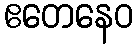
ဧတေနေဝ